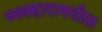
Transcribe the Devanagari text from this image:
व्यवहारामधील